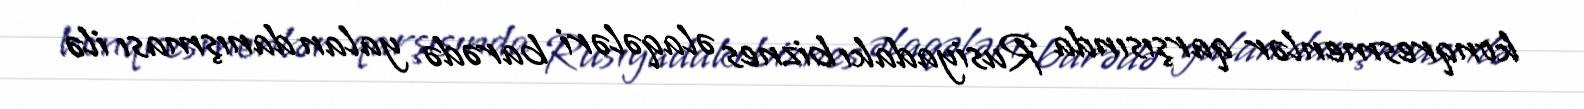
konqresmenlər qarşısında Rusiyadakı biznes əlaqələri barədə yalan danışması ilə